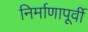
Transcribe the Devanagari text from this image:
निर्माणापूर्वी